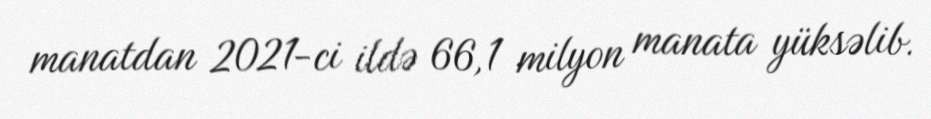
manatdan 2021-ci ildə 66,1 milyon manata yüksəlib.